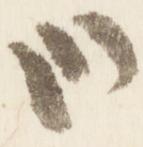
哉